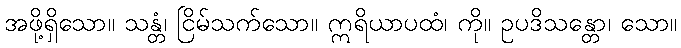
အဖို့ရှိသော။ သန္တံ၊ ငြိမ်သက်သော။ ဣရိယာပထံ၊ ကို။ ဥပဒိသန္တော၊ သော။